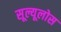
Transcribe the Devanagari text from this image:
सूल्यूलोस